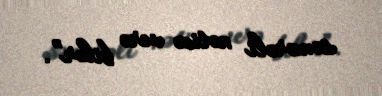
səmərəli nəticə verə bilər”.